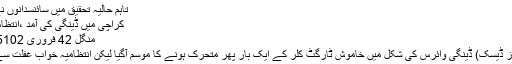
تاہم حالیہ تحقیق میں سائنسدانوں نے بالکل ...
کراچی میں ڈینگی کی آمد ،انتظامیہ خاموش
منگل‬‮ 24 فروری‬‮ 2015 | 13:35
کراچی (نیوز ڈیسک) ڈینگی وائرس کی شکل میں خاموش ٹارگٹ کلر کے ایک بار پھر متحرک ہونے کا موسم آگیا لیکن انتظامیہ خواب غفلت سے نہ جاگی۔